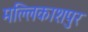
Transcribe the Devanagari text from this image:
मल्लिकाशपुर